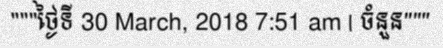
"""ថ្ងៃទី 30 March, 2018 7:51 am | ចំនួន"""